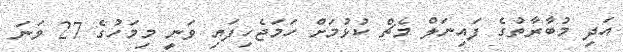
އަދި މުބާރާތުގެ ފައިނަލް މެޗް ކުޅުމަށް ހަމަޖެހިފައި ވަނީ މިމަހުގެ 27 ވަނަ